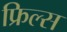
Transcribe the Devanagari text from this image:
फ्रिल्स